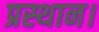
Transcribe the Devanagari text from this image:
प्रस्थान।